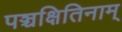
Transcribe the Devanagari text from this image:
पञ्चक्षितिनाम्